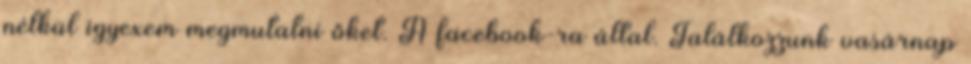
nélkül igyexem megmutatni őket. A facebook-ra által. Találkozzunk vasárnap